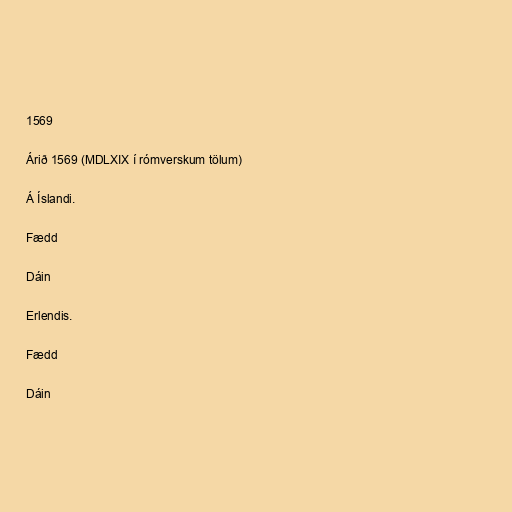
1569

Árið 1569 (MDLXIX í rómverskum tölum)

Á Íslandi.

Fædd

Dáin

Erlendis.

Fædd

Dáin